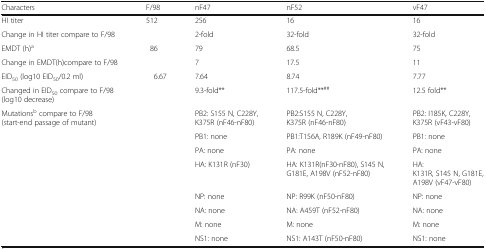
| Characters | F/98 | nF47 | nF52 | vF47 |
 | --- | --- | --- | --- | --- |
 | HI titer | 512 | 256 | 16 | 16 |
 | Change in HI titer compare to F/98 |  | 2-fold | 32-fold | 32-fold |
 | EMDT (h)a | 86 | 79 | 68.5 | 75 |
 | Change in EMDT(h)compare to F/98 |  | 7 | 17.5 | 11 |
 | EID50 (log10 EID50/0.2 ml) | 6.67 | 7.64 | 8.74 | 7.77 |
 | Changed in EID50 compare to F/98 (log10 decrease) |  | 9.3-fold** | 117.5-fold**## | 12.5 fold** |
 | Mutationsb compare to F/98 (start-end passage of mutant) |  | PB2: S155 N, C228Y, K375R (nF46-nF80) | PB2:S155 N, C228Y, K375R (nF46-nF80) | PB2: I185K, C228Y, K375R (vF43-vF80) |
 |  |  | PB1: none | PB1:T156A, R189K (nF49-nF80) | PB1: none |
 |  |  | PA: none | PA: none | PA: none |
 |  |  | HA: K131R (nF30) | HA: K131R(nF30-nF80), S145 N, G181E, A198V (nF52-nF80) | HA:K131R, S145 N, G181E, A198V (vF47-vF80) |
 |  |  | NP: none | NP: R99K (nF50-nF80) | NP: none |
 |  |  | NA: none | NA: A459T (nF52-nF80) | NA: none |
 |  |  | M: none | M: none | M: none |
 |  |  | NS1: none | NS1: A143T (nF50-nF80) | NS1: none |